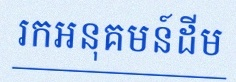
រកអនុគមន៍ដើម